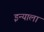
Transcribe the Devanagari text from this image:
इन्याला